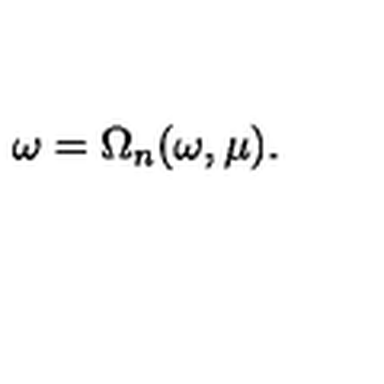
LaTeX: \omega = \Omega _ { n } ( \omega , \mu ) .